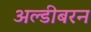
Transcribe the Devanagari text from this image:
अल्डीबरन